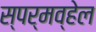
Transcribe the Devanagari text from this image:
स्पर्मव्हेल